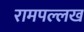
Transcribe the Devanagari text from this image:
रामपल्लख